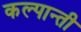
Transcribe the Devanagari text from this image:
कल्पान्ती